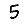
Digit: 5